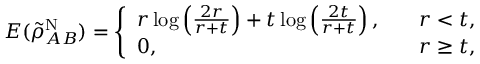
\begin{array} { r } { E ( \tilde { \rho } _ { A B } ^ { \mathrm { N } } ) = \left\{ \begin{array} { l l } { r \log \left( \frac { 2 r } { r + t } \right) + t \log \left( \frac { 2 t } { r + t } \right) , \quad } & { r < t , } \\ { 0 , \quad } & { r \geq t , } \end{array} \right. } \end{array}